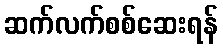
ဆက်လက်စစ်ဆေးရန်